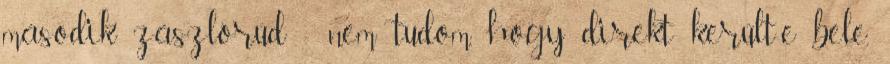
második zászlórúd - nem tudom, hogy direkt került-e bele,